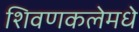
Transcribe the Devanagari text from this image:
शिवणकलेमधे